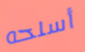
أسلحه